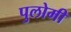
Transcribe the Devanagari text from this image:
पुलोमी